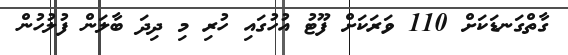
ގާތްގަނޑަކަށް 110 ވަރަކަށް ފޫޓު އުހުގައި ހުރި މި ދިދަ ބާލަން ފުލުހުން